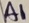
Text: A1